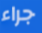
جراء